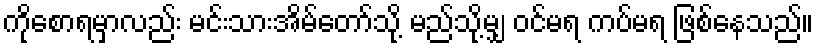
ကိုစောရမှာလည်း မင်းသားအိမ်တော်သို့ မည်သို့မျှ ဝင်မရ ကပ်မရ ဖြစ်နေသည်။